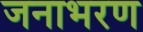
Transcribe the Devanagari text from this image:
जनाभरण